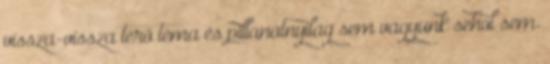
vissza-vissza térő téma és pillanatnyilag sem vagyunk sehol sem.